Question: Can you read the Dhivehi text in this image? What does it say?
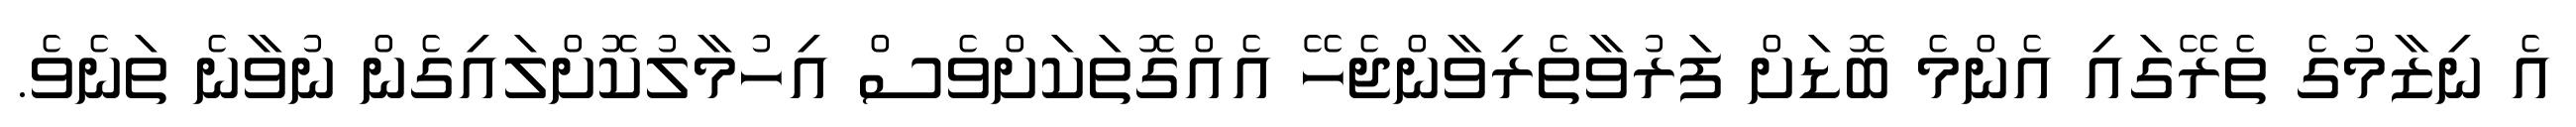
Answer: އެ ނިޒާމުގެ ތެރޭގައި އެންމެ ބޮޑަށް ފަރުވާތެރިވާންޖެހޭ އެއްގޮތަކަށްވެސް އިހުމާލުކޮށްލައިގެން ނުވާނެ ތަނެވެ.